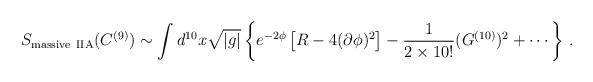
LaTeX: \begin{align*}S_{\rm massive\ IIA}(C^{(9)}) \sim \int d^{10}x {\sqrt {|g|}}\left \{e^{-2\phi} \left[ R-4(\partial \phi)^2 \right] - \frac{1}{2 \times 10!}(G^{(10)})^2 + \cdots \right\}\, .\end{align*}